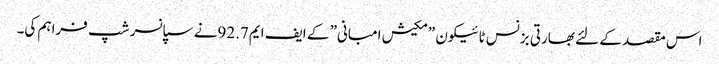
اس مقصد کے لئے بھارتی بزنس ٹائیکون ”مکیش امبانی” کے ایف ایم92.7نے سپانسر شپ فراہم کی۔